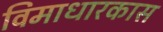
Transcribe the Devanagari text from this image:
विमाधारकास